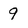
Character: 9